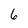
Character: 6